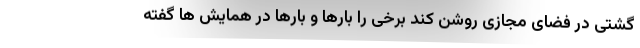
گشتی در فضای مجازی روشن کند برخی را بارها و بارها در همایش ها گفته